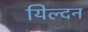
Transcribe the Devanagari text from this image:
यिल्दन